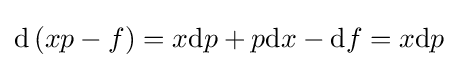
\mathrm {d} \left(xp-f\right)=x\mathrm {d} p+p\mathrm {d} x-\mathrm {d} f=x\mathrm {d} p